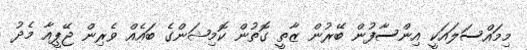
މިމައްސަލައަކީ އިންސާފުން ބޭރުން ޒާތީ ގޮތުން ކޮމިޝަންގެ ބައެއް ވެރިން ޖޭޕީއާ މެދު